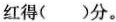
红得()分。